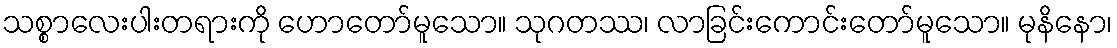
သစ္စာလေးပါးတရားကို ဟောတော်မူသော။ သုဂတဿ၊ လာခြင်းကောင်းတော်မူသော။ မုနိနော၊